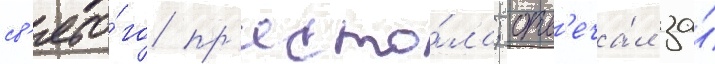
св'ято́го пр'есто́ла; отв'еча́л за́